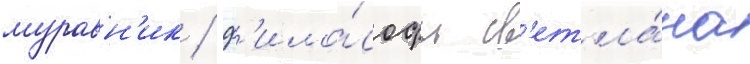
муравн'ик / ф'ило́софы св'етла́на